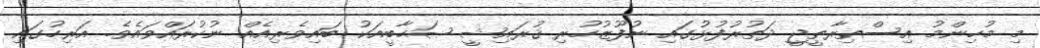
މި މުހިންމު އިސްތިރާތީޖީ ދަތުރުފުޅުގައި ނުފޫޒުހުރި ޤުރައިޝީ ޞަޙާބީއަކު ބައިވެރިއެއް ނުކުރައްވައެވެ. އަރިހުގައި